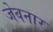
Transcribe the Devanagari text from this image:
जेवनार